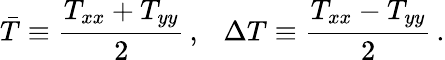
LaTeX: \bar{T}\equiv\frac{T_{xx}+T_{yy}}{2}\, ,~~~\Delta T\equiv\frac{T_{xx}-T_{yy}}{2}\, .